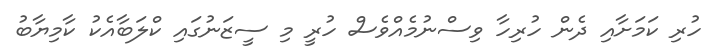
ހުރި ކަމަށާއި ދެން ހުރިހާ ވިސްނުމެއްވެސް ހުރީ މި ސީޒަނުގައި ކްލަބާއެކު ކާމިޔާބު